Document type: Sale
Year: 1423
Scribe: Joan Franc
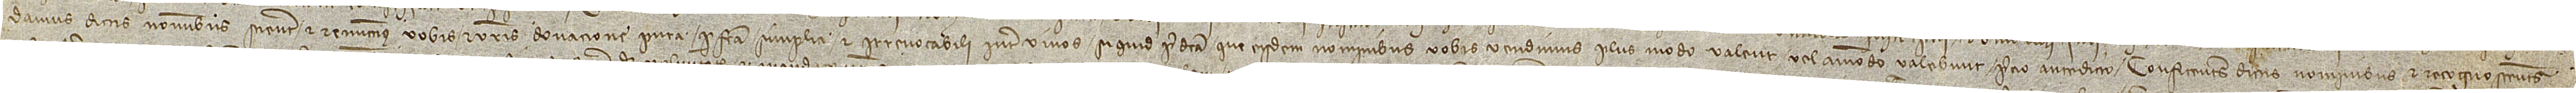
damus dictis nominibus scienter et remittimus vobis et vestris donacione pura perfecta simplici et irrevocabili inter vivos si quid predicta que eisdem nominibus vobis vendimus plus modo valent vel ammodo valebunt precio antedicto. Confitentes dictis nominibus et recognoscentes